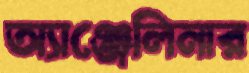
অ্যাঞ্জেলিনার